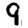
Digit: 9